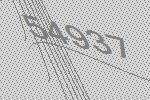
54937